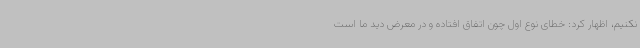
نکنیم، اظهار کرد: خطای نوع اول چون اتفاق افتاده و در معرض دید ما است